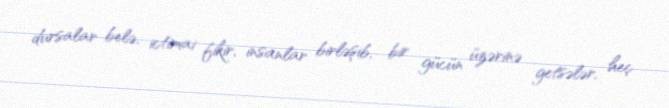
dursalar belə, ictimai fikir, insanlar birləşib, bir gücün üzərinə getsələr, heç